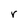
Character: r